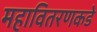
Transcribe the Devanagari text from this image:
महावितरणकडे